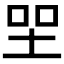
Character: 𡋐